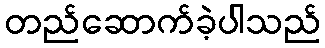
တည်ဆောက်ခဲ့ပါသည်